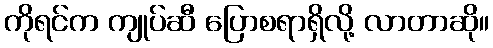
ကိုရင်က ကျုပ်ဆီ ပြောစရာရှိလို့ လာတာဆို။